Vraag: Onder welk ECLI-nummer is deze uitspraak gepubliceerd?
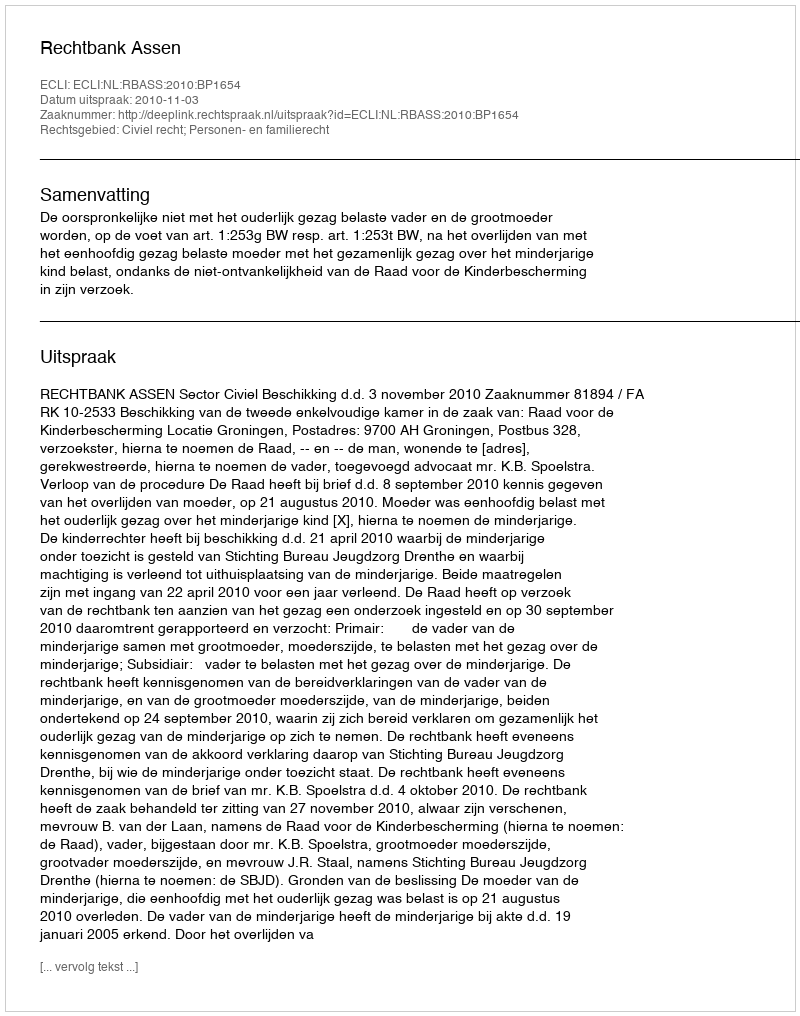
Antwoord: ECLI:NL:RBASS:2010:BP1654